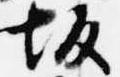
坂